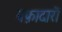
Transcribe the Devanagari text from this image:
वफ़ादारों